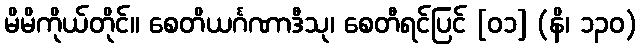
မိမိကိုယ်တိုင်။ စေတိယင်္ဂဏာဒီသု၊ စေတီရင်ပြင် [၀၁] (နိ၊ ၁၃၀)